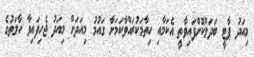
މިއަދު ޕާޓީ ބަދަލްކޮށްފައިވާތީ އެކަމާއި ހިތާމަކުރައްވާކަމަށާ ގައުމު މިއަދަށް މިއަދު ޖެހިފައިވާ ހާލަތުގެ